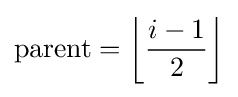
{\text{parent}}=\left\lfloor {\dfrac {i-1}{2}}\right\rfloor